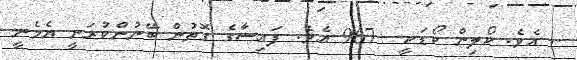
. އެވެ. ކޯލިން ކޯޑަކީ +967 އެވެ. ފައިސާގެ ގޮތުން ބޭނުންކުރަނީ ޔެމެނީ